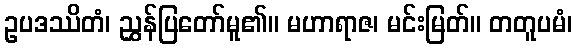
ဥပဒဿိတံ၊ ညွှန်ပြတော်မူ၏။ မဟာရာဇ၊ မင်းမြတ်။ တတူပမံ၊